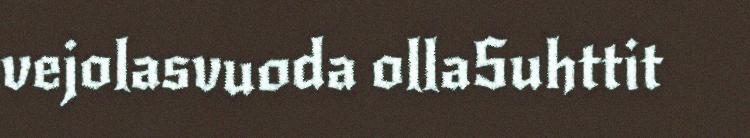
vejolasvuoda ollaSuhttit